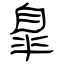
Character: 臯